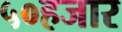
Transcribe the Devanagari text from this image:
५०हजार